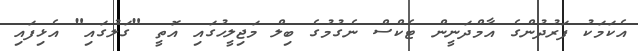
އެކަމަކު ފަރުދުންގެ އާމްދަނީން ޓެކްސް ނެގުމުގެ ބިލް މަޖިލީހުގައި އޮތީ "ގަލުގައި" އެޅިފައި